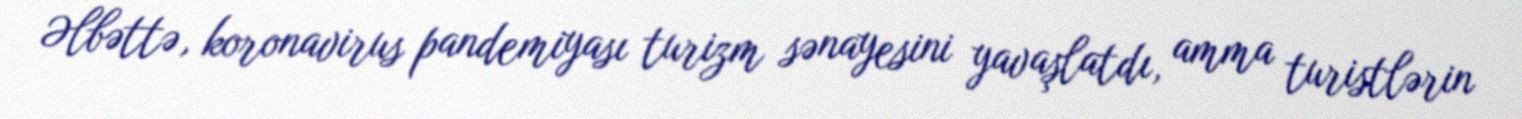
Əlbəttə, koronavirus pandemiyası turizm sənayesini yavaşlatdı, amma turistlərin